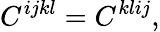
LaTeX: C^{ijkl}=C^{klij},